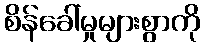
စိန်ခေါ်မှုများစွာကို